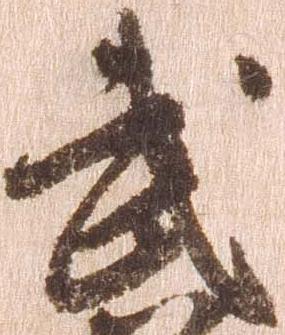
武